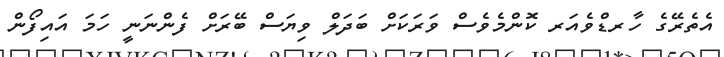
އެތެރޭގެ ހާރޑްވެއަރ ކޮންމެވެސް ވަރަކަށް ބަދަލް ވިޔަސް ބޭރަށް ފެންނަނީ ހަމަ އައިފޯން